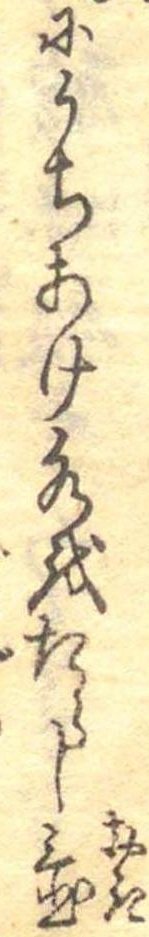
にうちあけ水をたらし置